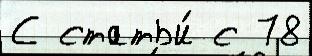
С статьи́ с 78